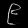
Digit: ၉